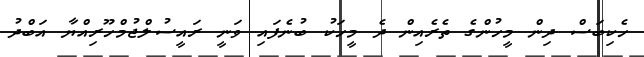
ހެކިބަސް ދިން މީހުންގެ ތެރެއިން ދެ މީހަކު ބުނެފައި ވަނީ ރައީސުލްޖުމްހޫރިއްޔާ އަބްދު